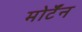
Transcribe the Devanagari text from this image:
मोर्टॅन